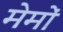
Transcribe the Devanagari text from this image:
मेमों